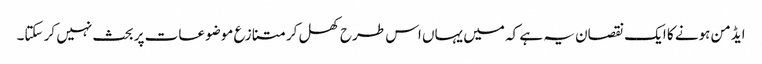
ایڈمن ہونے کا ایک نقصان یہ ہے کہ میں یہاں اس طرح کھل کر متنازع موضوعات پر بحث نہیں کر سکتا۔